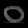
Digit: ၀